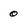
Character: 0